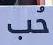
حب